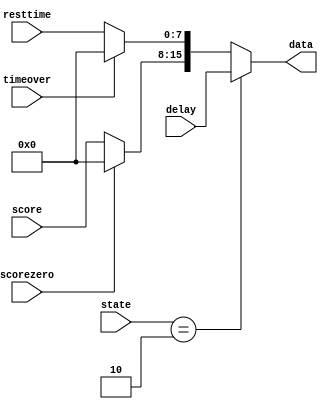
`timescale 1ns / 1ps
//////////////////////////////////////////////////////////////////////////////////
// Company: 
// Engineer: 
// 
// Design Name: 
// Module Name:    muxer 
// Project Name: 
// Target Devices: 
// Tool versions: 
// Description: 
//
// Dependencies: 
//
// Revision: 
// Revision 0.01 - File Created
// Additional Comments: 
//
//////////////////////////////////////////////////////////////////////////////////
module muxer(
	input [4:0] state,
	input [15:0] delay,
	
	input [7:0] resttime,
	input [7:0] score,
	
	input timeover,
	input scorezero,
	output [15:0] data
);


wire [15:0] temp;
wire [15:0] halt;

assign temp[15:8] = scorezero == 1 ? 8'b0 : score[7:0];
assign temp[7:0] = timeover == 1 ? 8'b0 : resttime;


assign data = (state==5'd2 ? delay: temp );

endmodule